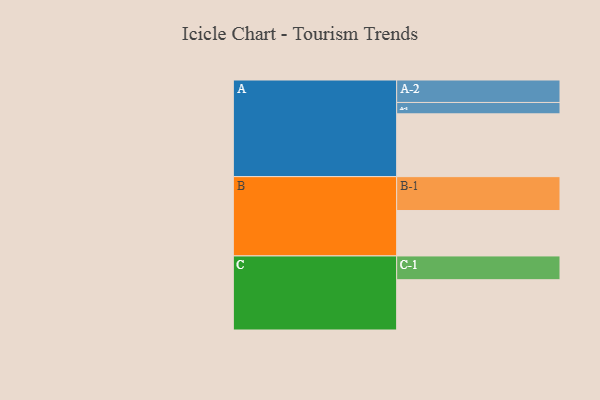
{"axis": {"x": "Segment", "y": "Value"}, "legend": ["", "A", "B", "C"], "data": [{"x": "A", "y": 481, "type": ""}, {"x": "B", "y": 348, "type": ""}, {"x": "C", "y": 385, "type": ""}, {"x": "A-1", "y": 87, "type": "A"}, {"x": "A-2", "y": 172, "type": "A"}, {"x": "B-1", "y": 259, "type": "B"}, {"x": "C-1", "y": 182, "type": "C"}]}